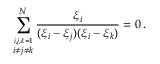
\sum _ { \stackrel { i , j , k = 1 } { i \neq j \neq k } } ^ { N } \frac { \xi _ { i } } { ( \xi _ { i } - \xi _ { j } ) ( \xi _ { i } - \xi _ { k } ) } = 0 \, .